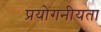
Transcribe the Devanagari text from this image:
प्रयोगनीयता